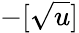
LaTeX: -[\sqrt{u}]